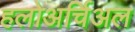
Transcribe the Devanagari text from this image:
हलोअर्चिअल